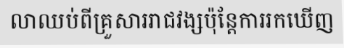
លាឈប់ពីគ្រួសាររាជវង្សប៉ុន្តែការរកឃើញ